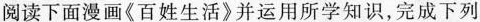
阅读下面漫画《百姓生活》并运用所学知识，完成下列